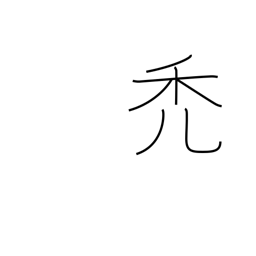
Meaning: waste away